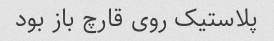
پلاستیک روی قارچ باز بود